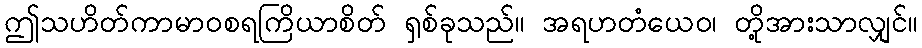
ဤသဟိတ်ကာမာဝစရကြိယာစိတ် ရှစ်ခုသည်။ အရဟတံယေဝ၊ တို့အားသာလျှင်။